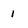
Character: 1